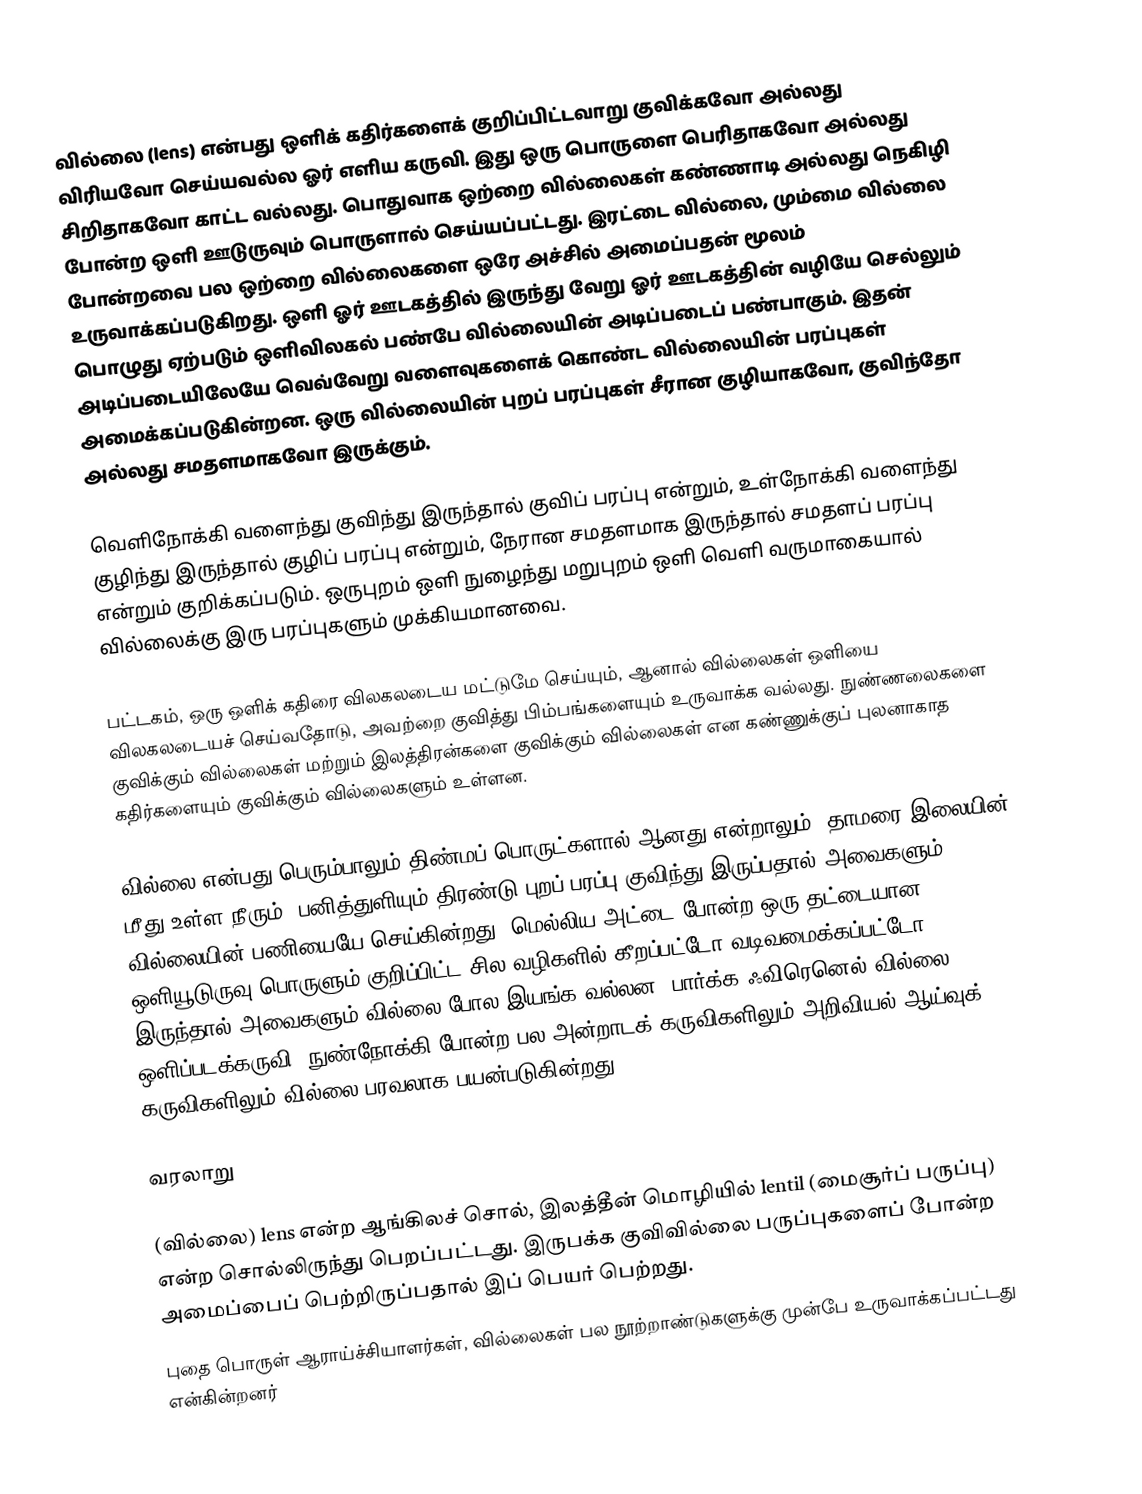
வில்லை (lens) என்பது ஒளிக் கதிர்களைக் குறிப்பிட்டவாறு குவிக்கவோ அல்லது விரியவோ செய்யவல்ல ஓர் எளிய கருவி. இது ஒரு பொருளை பெரிதாகவோ அல்லது சிறிதாகவோ காட்ட வல்லது. பொதுவாக ஒற்றை வில்லைகள் கண்ணாடி அல்லது நெகிழி போன்ற ஒளி ஊடுருவும் பொருளால் செய்யப்பட்டது. இரட்டை வில்லை, மும்மை வில்லை போன்றவை பல ஒற்றை வில்லைகளை ஒரே அச்சில் அமைப்பதன் மூலம் உருவாக்கப்படுகிறது. ஒளி ஓர் ஊடகத்தில் இருந்து வேறு ஓர் ஊடகத்தின் வழியே செல்லும் பொழுது ஏற்படும் ஒளிவிலகல் பண்பே வில்லையின் அடிப்படைப் பண்பாகும். இதன் அடிப்படையிலேயே வெவ்வேறு வளைவுகளைக் கொண்ட வில்லையின் பரப்புகள் அமைக்கப்படுகின்றன. ஒரு வில்லையின் புறப் பரப்புகள் சீரான குழியாகவோ, குவிந்தோ அல்லது சமதளமாகவோ இருக்கும்.

வெளிநோக்கி வளைந்து குவிந்து இருந்தால் குவிப் பரப்பு என்றும், உள்நோக்கி வளைந்து குழிந்து இருந்தால் குழிப் பரப்பு என்றும், நேரான சமதளமாக இருந்தால் சமதளப் பரப்பு என்றும் குறிக்கப்படும். ஒருபுறம் ஒளி நுழைந்து மறுபுறம் ஒளி வெளி வருமாகையால் வில்லைக்கு இரு பரப்புகளும் முக்கியமானவை.

பட்டகம், ஒரு ஒளிக் கதிரை விலகலடைய மட்டுமே செய்யும், ஆனால் வில்லைகள் ஒளியை விலகலடையச் செய்வதோடு, அவற்றை குவித்து பிம்பங்களையும் உருவாக்க வல்லது. நுண்ணலைகளை குவிக்கும் வில்லைகள் மற்றும் இலத்திரன்களை குவிக்கும் வில்லைகள் என கண்ணுக்குப் புலனாகாத கதிர்களையும் குவிக்கும் வில்லைகளும் உள்ளன.

வில்லை என்பது பெரும்பாலும் திண்மப் பொருட்களால் ஆனது என்றாலும், தாமரை இலையின் மீது உள்ள நீரும், பனித்துளியும் திரண்டு புறப் பரப்பு குவிந்து இருப்பதால் அவைகளும் வில்லையின் பணியையே செய்கின்றது. மெல்லிய அட்டை போன்ற ஒரு தட்டையான ஒளியூடுருவு பொருளும் குறிப்பிட்ட சில வழிகளில் கீறப்பட்டோ வடிவமைக்கப்பட்டோ இருந்தால் அவைகளும் வில்லை போல இயங்க வல்லன (பார்க்க ஃவிரெனெல் வில்லை). ஒளிப்படக்கருவி, நுண்நோக்கி போன்ற பல அன்றாடக் கருவிகளிலும் அறிவியல் ஆய்வுக் கருவிகளிலும் வில்லை பரவலாக பயன்படுகின்றது.

வரலாறு

(வில்லை) lens என்ற ஆங்கிலச் சொல், இலத்தீன் மொழியில் lentil (மைசூர்ப் பருப்பு) என்ற சொல்லிருந்து பெறப்பட்டது. இருபக்க குவிவில்லை பருப்புகளைப் போன்ற அமைப்பைப் பெற்றிருப்பதால் இப் பெயர் பெற்றது.
புதை பொருள் ஆராய்ச்சியாளர்கள், வில்லைகள் பல நூற்றாண்டுகளுக்கு முன்பே உருவாக்கப்பட்டது என்கின்றனர்